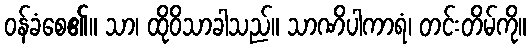
ဝန်ခံစေ၏။ သာ၊ ထိုဝိသာခါသည်။ သာဏိပါကာရံ၊ တင်းတိမ်ကို။